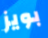
بويز